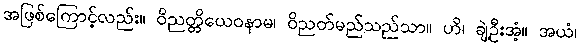
အဖြစ်ကြောင့်လည်း။ ဝိညတ္တိယေဝနာမ၊ ဝိညတ်မည်သည်သာ။ ဟိ၊ ချဲ့ဦးအံ့။ အယံ၊